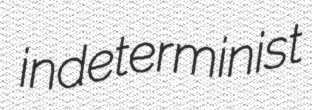
indeterminist